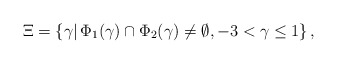
\begin{align*}\begin{aligned}\Xi = \{ \gamma | \, \Phi_1 (\gamma) \cap \Phi_2 (\gamma) \neq \emptyset, - 3 < \gamma \leq 1 \} \,,\end{aligned}\end{align*}